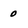
Character: 0